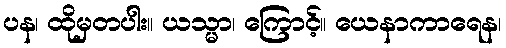
ပန၊ ထိုမှတပါး။ ယသ္မာ၊ ကြောင့်။ ယေနာကာရေန၊